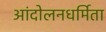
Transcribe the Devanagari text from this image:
आंदोलनधर्मिता